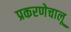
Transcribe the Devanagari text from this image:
प्रकरणेचालू